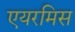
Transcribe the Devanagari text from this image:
एयरमिस